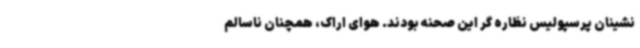
نشینان پرسپولیس نظاره گر این صحنه بودند. هوای اراک، همچنان ناسالم